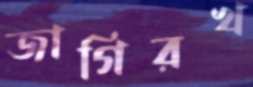
জাগিরখ